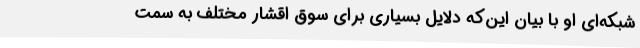
شبکه‌ای او با بیان این‌که دلایل بسیاری برای سوق اقشار مختلف به سمت